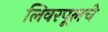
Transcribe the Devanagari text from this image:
लिवरपूलचे